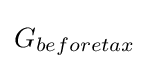
G_{beforetax}